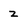
Character: z